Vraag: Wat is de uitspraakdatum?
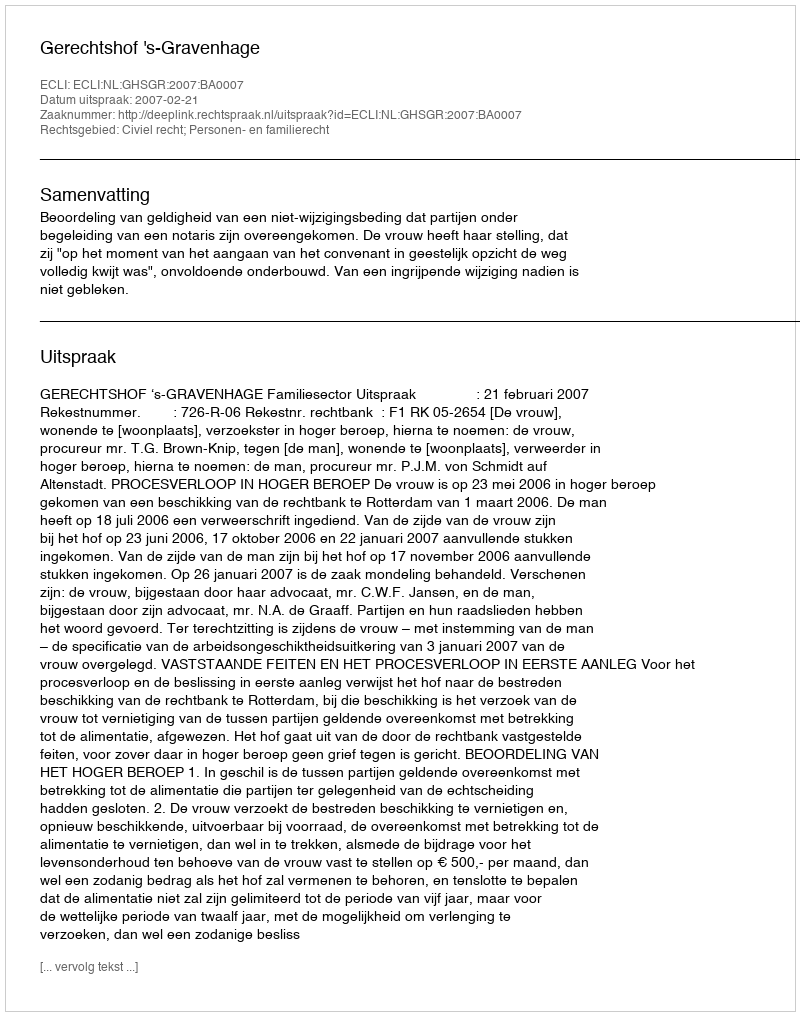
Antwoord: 2007-02-21